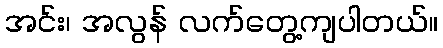
အင်း၊ အလွန် လက်တွေ့ကျပါတယ်။